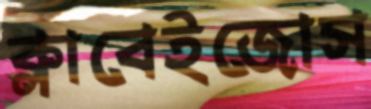
ক্লাবেইজোস